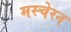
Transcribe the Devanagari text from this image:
मस्चेरन